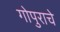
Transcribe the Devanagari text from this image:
गोपुराचे